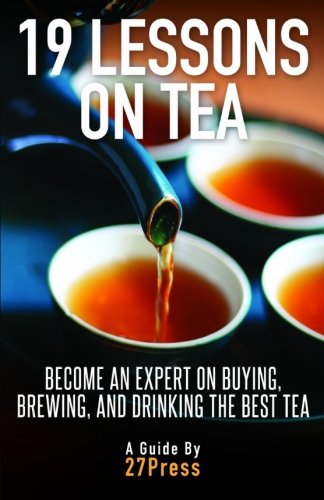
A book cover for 19 Lessons On Tea: Become an Expert on Buying, Brewing, and Drinking the Best Tea; 27Press; Cookbooks, Food & Wine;